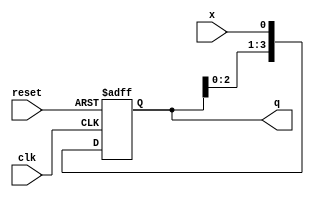
module sipo_shiftreg( clk,reset,x,q);
  input clk, reset;
  input x;
  output reg[3:0] q;
  reg [3:0] temp;
  always @(posedge clk or posedge reset)
    if(reset) 
      begin
      temp<=4'b0;
      end
  else
    begin
      temp[3:1] <= temp[2:0];
      temp[0] <= x;
    end
  
  assign q = temp;
  
endmodule